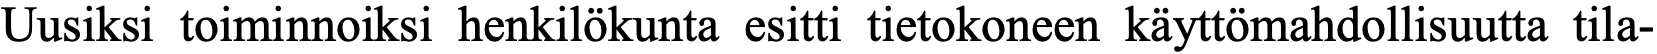
Uusiksi toiminnoiksi henkilökunta esitti tietokoneen käyttömahdollisuutta tila-